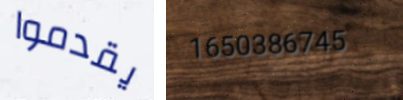
يقدموا 1650386745